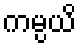
ကမ္ပယိ